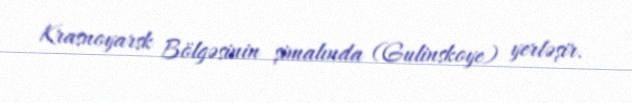
Krasnoyarsk Bölgəsinin şimalında (Gulinskoye) yerləşir.